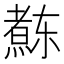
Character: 𱬝